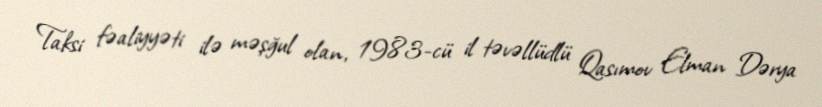
Taksi fəaliyyəti ilə məşğul olan, 1983-cü il təvəllüdlü Qasımov Elman Dərya